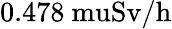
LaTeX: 0.478\mathrm{{\ mu}Sv/h}